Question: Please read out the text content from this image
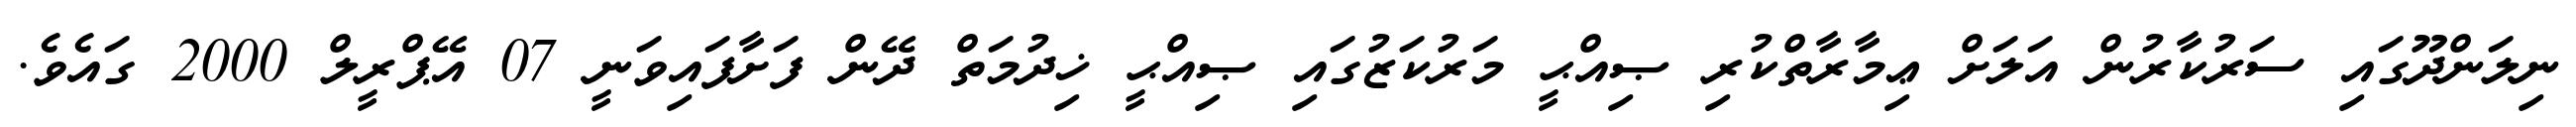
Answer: ނިލަންދޫގައި ސަރުކާރުން އަލަށް ޢިމާރާތްކުރި ޞިއްޙީ މަރުކަޒުގައި ޞިއްޙީ ޚިދުމަތް ދޭން ފަށާފައިވަނީ 07 އޭޕްރީލް 2000 ގައެވެ.